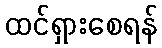
ထင်ရှားစေရန်